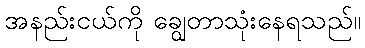
အနည်းငယ်ကို ချွေတာသုံးနေရသည်။